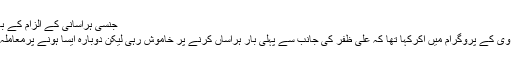
جنسی ہراسانی کے الزام کے بعد علی ظفر نے معافی کا پیغام بھیجا
جواب میں میشاشفیع نے بھی جیو ٹی وی کے پروگرام میں آکرکہا تھا کہ علی ظفر کی جانب سے پہلی بار ہراساں کرنے پر خاموش رہی لیکن دوبارہ ایسا ہونے پرمعاملہ سب کے سامنے لانے کا فیصلہ کیا۔